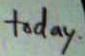
today.